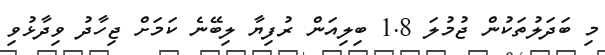
މި ބަދަލުތަކުން ޖުމުލަ 1.8 ބިލިއަން ރުފިޔާ ލިބޭނެ ކަމަށް ޖިހާދު ވިދާޅުވި